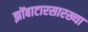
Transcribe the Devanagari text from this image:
झोंबाटारसारख्या